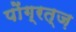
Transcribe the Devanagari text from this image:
पोंग्रत्ज़